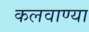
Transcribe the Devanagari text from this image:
कलवाण्या